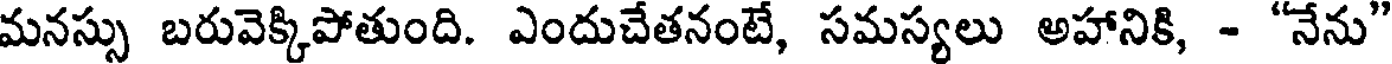
మనస్సు బరువెక్కిపోతుంది. ఎందుచేతనంటే, సమస్యలు అహానికి, - "నేను"